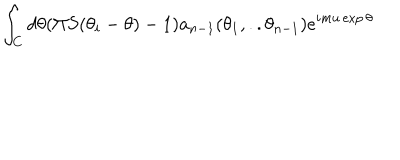
\int _ { C } d \theta ( \Pi S ( \theta _ { i } - \theta ) - 1 ) a _ { n - 1 } ( \theta _ { 1 } , . . \theta _ { n - 1 } ) e ^ { i m u \exp \theta }